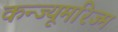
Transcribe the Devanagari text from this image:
कन्ज्यूमरिज्म